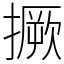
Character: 撅